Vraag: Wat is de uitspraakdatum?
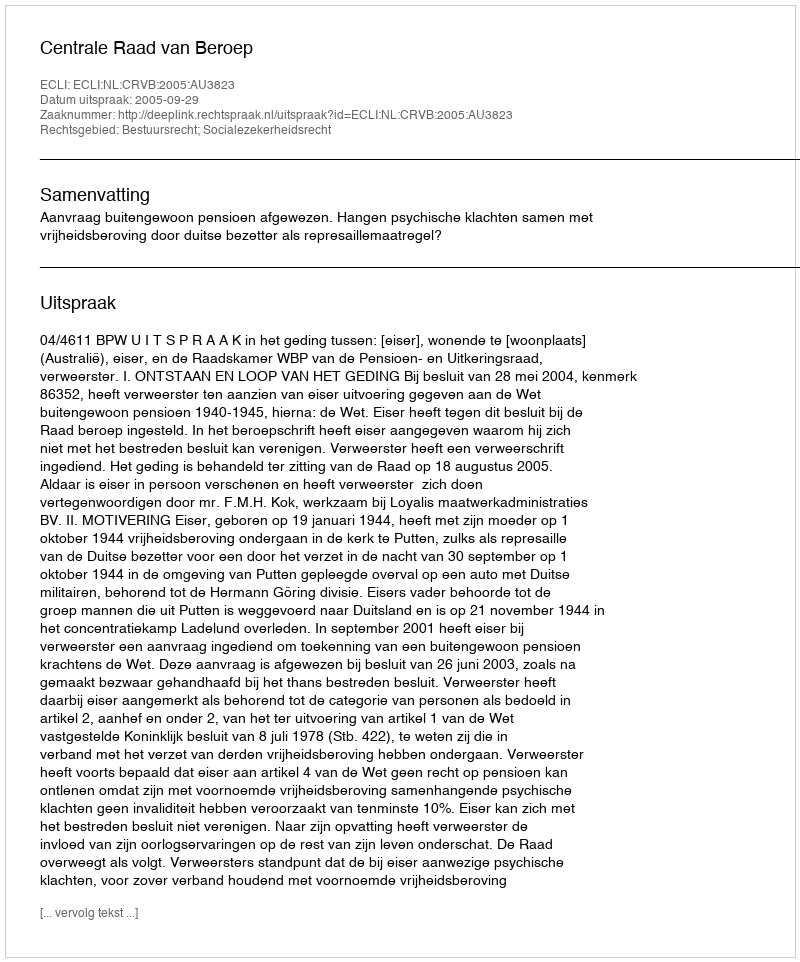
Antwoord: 2005-09-29